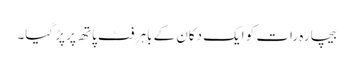
بیچارہ رات کو ایک دکان کے باہر فٹ پاتھ پر پڑ گیا۔